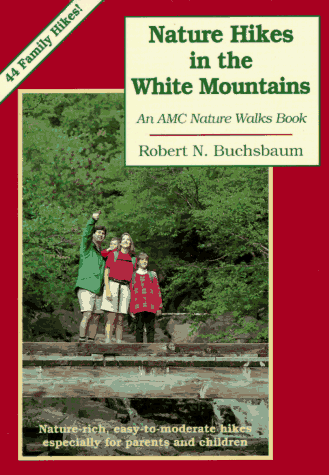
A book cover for Nature Hikes In the White Mountains: Nature-rich, Easy-to-Moderate Hikes Especially for Parens and Children; Robert Buchsbaum; Travel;